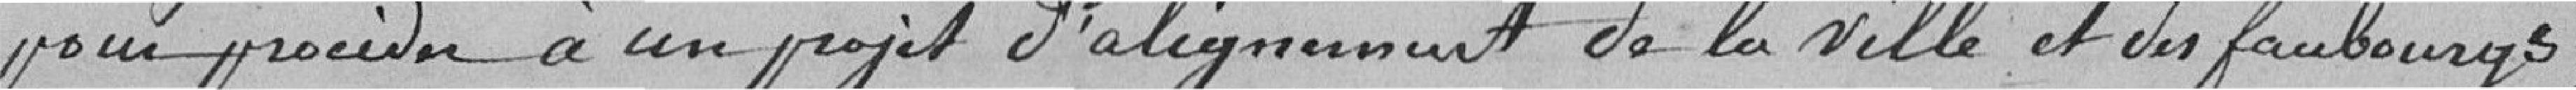
pour procéder à un projet d'alignement de la ville et des faubourgs